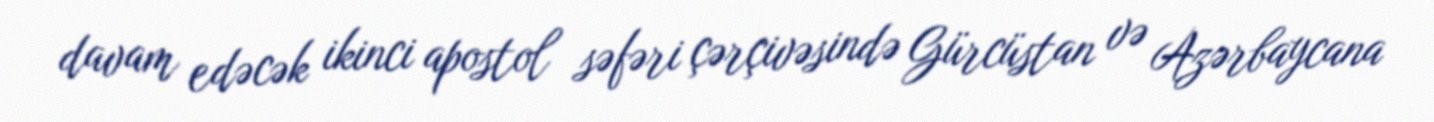
davam edəcək ikinci apostol səfəri çərçivəsində Gürcüstan və Azərbaycana